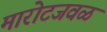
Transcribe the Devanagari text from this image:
मारोटजवळ